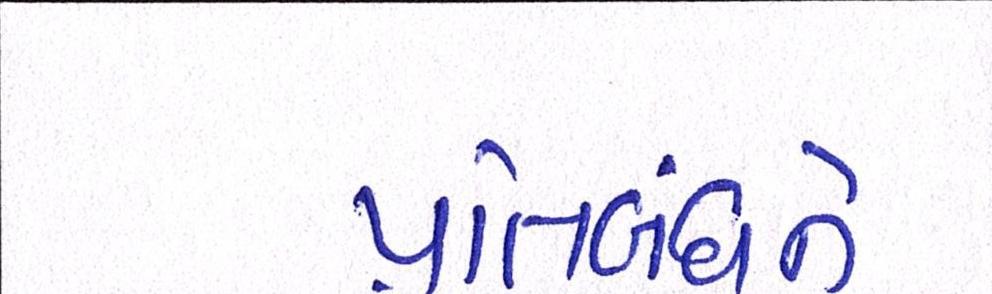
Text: પ્રતિબંધને